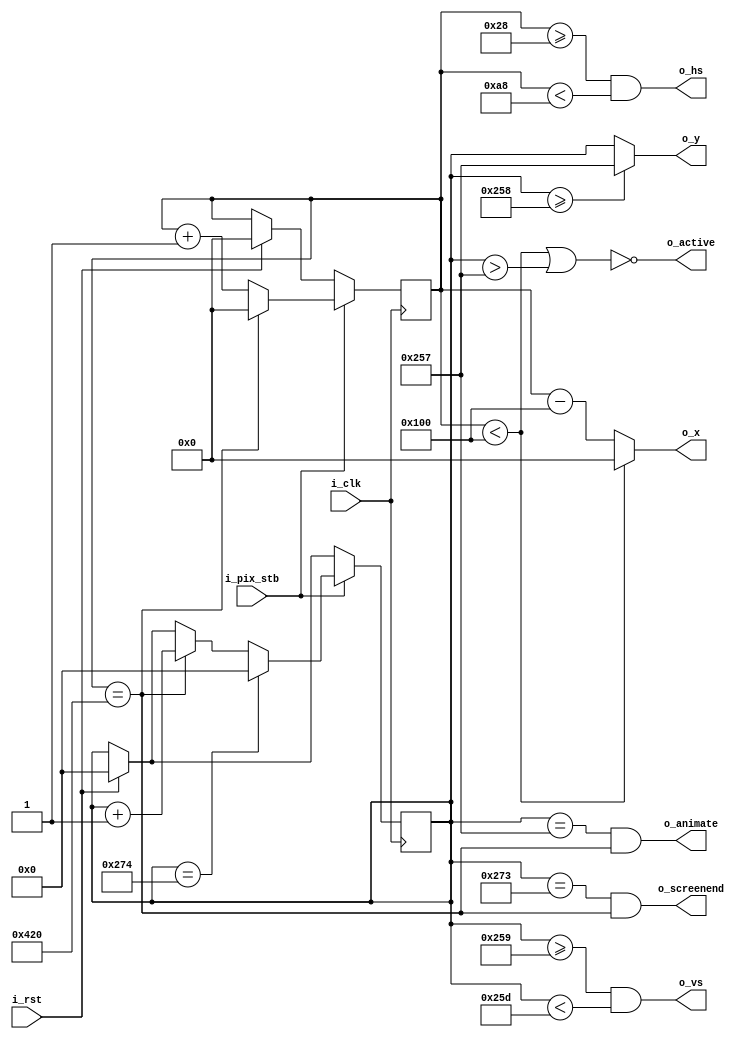
`timescale 1ns / 1ps
//////////////////////////////////////////////////////////////////////////////////
// Company: 
// Engineer: 
// 
// Design Name: 
// Module Name: vga800x600
// Project Name: 
// Target Devices: 
// Tool Versions: 
// Description: 
// 
// Dependencies: 
// 
// Revision:
// Revision 0.01 - File Created
// Additional Comments:
// 
//////////////////////////////////////////////////////////////////////////////////


module vga800x600(
    input i_clk,           // base clock
    input i_pix_stb,       // pixel clock strobe
    input i_rst,           // reset: restarts frame
    output o_hs,           // horizontal sync
    output o_vs,           // vertical sync
    output o_active,       // high during active pixel drawing, low during blanking interval
    output o_screenend,    // high for one tick at the end of screen
    output o_animate,      // high for one tick at end of active drawing
    output [10:0] o_x,      // current pixel x position
    output [9:0] o_y       // current pixel y position
    );

    // VGA timings https://timetoexplore.net/blog/video-timings-vga-720p-1080p
    localparam HS_STA = 40;              // horizontal sync start
    localparam HS_END = 40 + 128;         // horizontal sync end
    localparam HA_STA = 40 + 128 + 88;    // horizontal active pixel start
//    localparam HS_STA = 800 + 40;              // horizontal sync start
//    localparam HS_END = 800 + 40 + 128;         // horizontal sync end
//    localparam HA_END = 800;    // horizontal active pixel end
    localparam VS_STA = 600 + 1;        // vertical sync start
    localparam VS_END = 600 + 1 + 4;    // vertical sync end
    localparam VA_END = 600;             // vertical active pixel end
    localparam LINE   = 1056;             // complete line (pixels)
    localparam SCREEN = 628;             // complete screen (lines)
    
    reg [10:0] h_count;  // line position
    reg [9:0] v_count;  // screen position

    // generate sync signals (active low for 640x480)
    assign o_hs = ((h_count >= HS_STA) & (h_count < HS_END));
    assign o_vs = ((v_count >= VS_STA) & (v_count < VS_END));

    // keep x and y bound within the active pixels
    assign o_x = (h_count < HA_STA) ? 0 : (h_count - HA_STA);
    //assign o_x = (h_count >= HA_END) ? (HA_END - 1) : (h_count);
    assign o_y = (v_count >= VA_END) ? (VA_END - 1) : (v_count);

    // active: high during active pixel drawing, low during the blanking period
    assign o_active = ~((h_count < HA_STA) | (v_count > VA_END - 1)); 
    //assign o_active = ~((h_count > HA_END - 1) | (v_count > VA_END - 1));

    // screenend: high for one tick at the end of the screen
    assign o_screenend = ((v_count == SCREEN - 1) & (h_count == LINE));

    // animate: high for one tick at the end of the final active pixel line
    assign o_animate = ((v_count == VA_END - 1) & (h_count == LINE));

    always @ (posedge i_clk)
    begin
        if (i_rst)  // reset to start of frame
        begin
            h_count <= 0;
            v_count <= 0;
        end
        if (i_pix_stb)  // once per pixel
        begin
            if (h_count == LINE)  // end of line
            begin
                h_count <= 0;
                v_count <= v_count + 1;
            end
            else 
                h_count <= h_count + 1;

            if (v_count == SCREEN)  // end of screen
                v_count <= 0;
        end
    end
endmodule